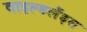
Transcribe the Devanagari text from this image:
वाइल्डलैंड्स